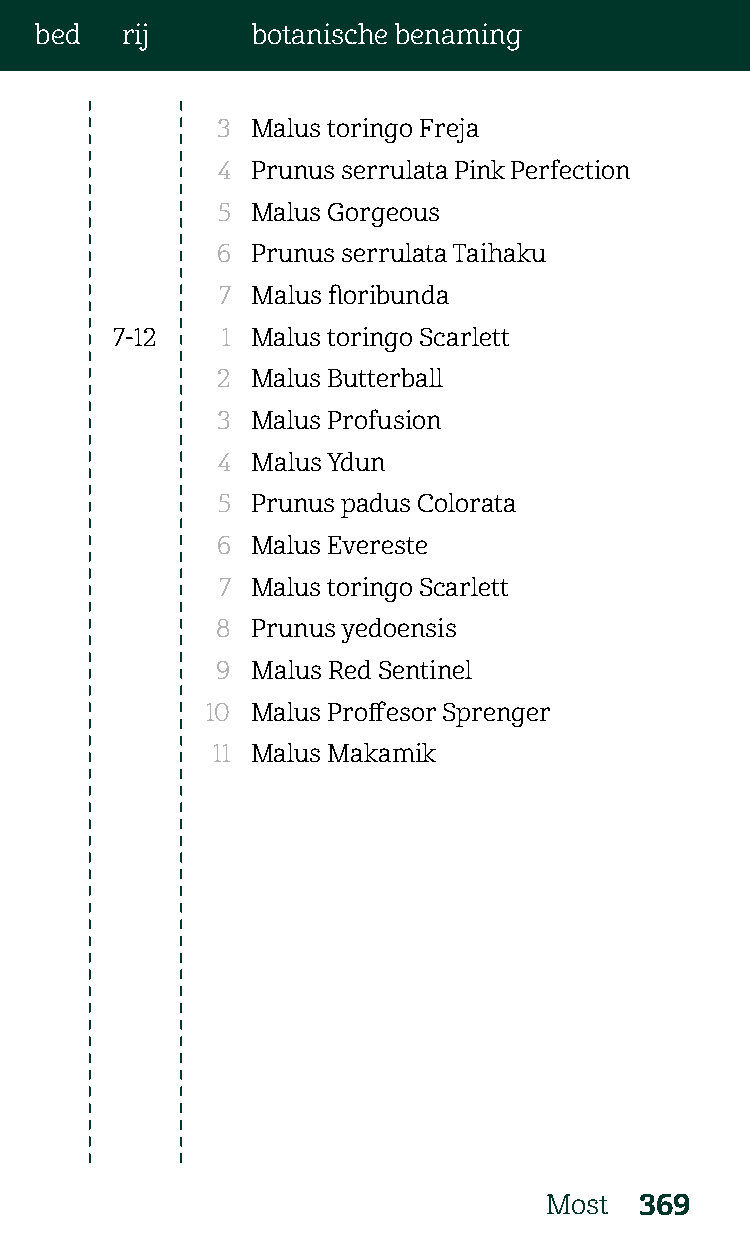
bed   rij      botanische benaming
 3  Malus toringo Freja
 4  Prunus serrulata Pink Perfection
 5  Malus Gorgeous
 6  Prunus serrulata Taihaku
 7  Malus floribunda
 7-12    1 Malus toringo Scarlett
 2  Malus Butterball
 3  Malus Profusion
 4  Malus Ydun
 5  Prunus padus Colorata
 6  Malus Evereste
 7  Malus toringo Scarlett
 8  Prunus yedoensis
 9  Malus Red Sentinel
 10 Malus Proffesor Sprenger
 11 Malus Makamik
 Most  369